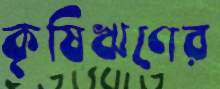
কৃষিঋণের